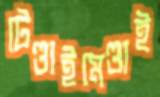
টেণ্ডাইমেণ্ডাই